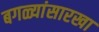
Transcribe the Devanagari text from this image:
बगळ्यांसारखा